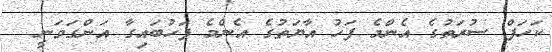
ކަހަފް ސުރަތުގެ އެންމެ ފަހު އާޔަތުގެ އެންމެ ފަހުބައިގާ އަންގަވަނީ